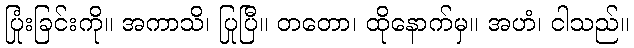
ပြုံးခြင်းကို။ အကာသိ၊ ပြုပြီ။ တတော၊ ထိုနောက်မှ။ အဟံ၊ ငါသည်။